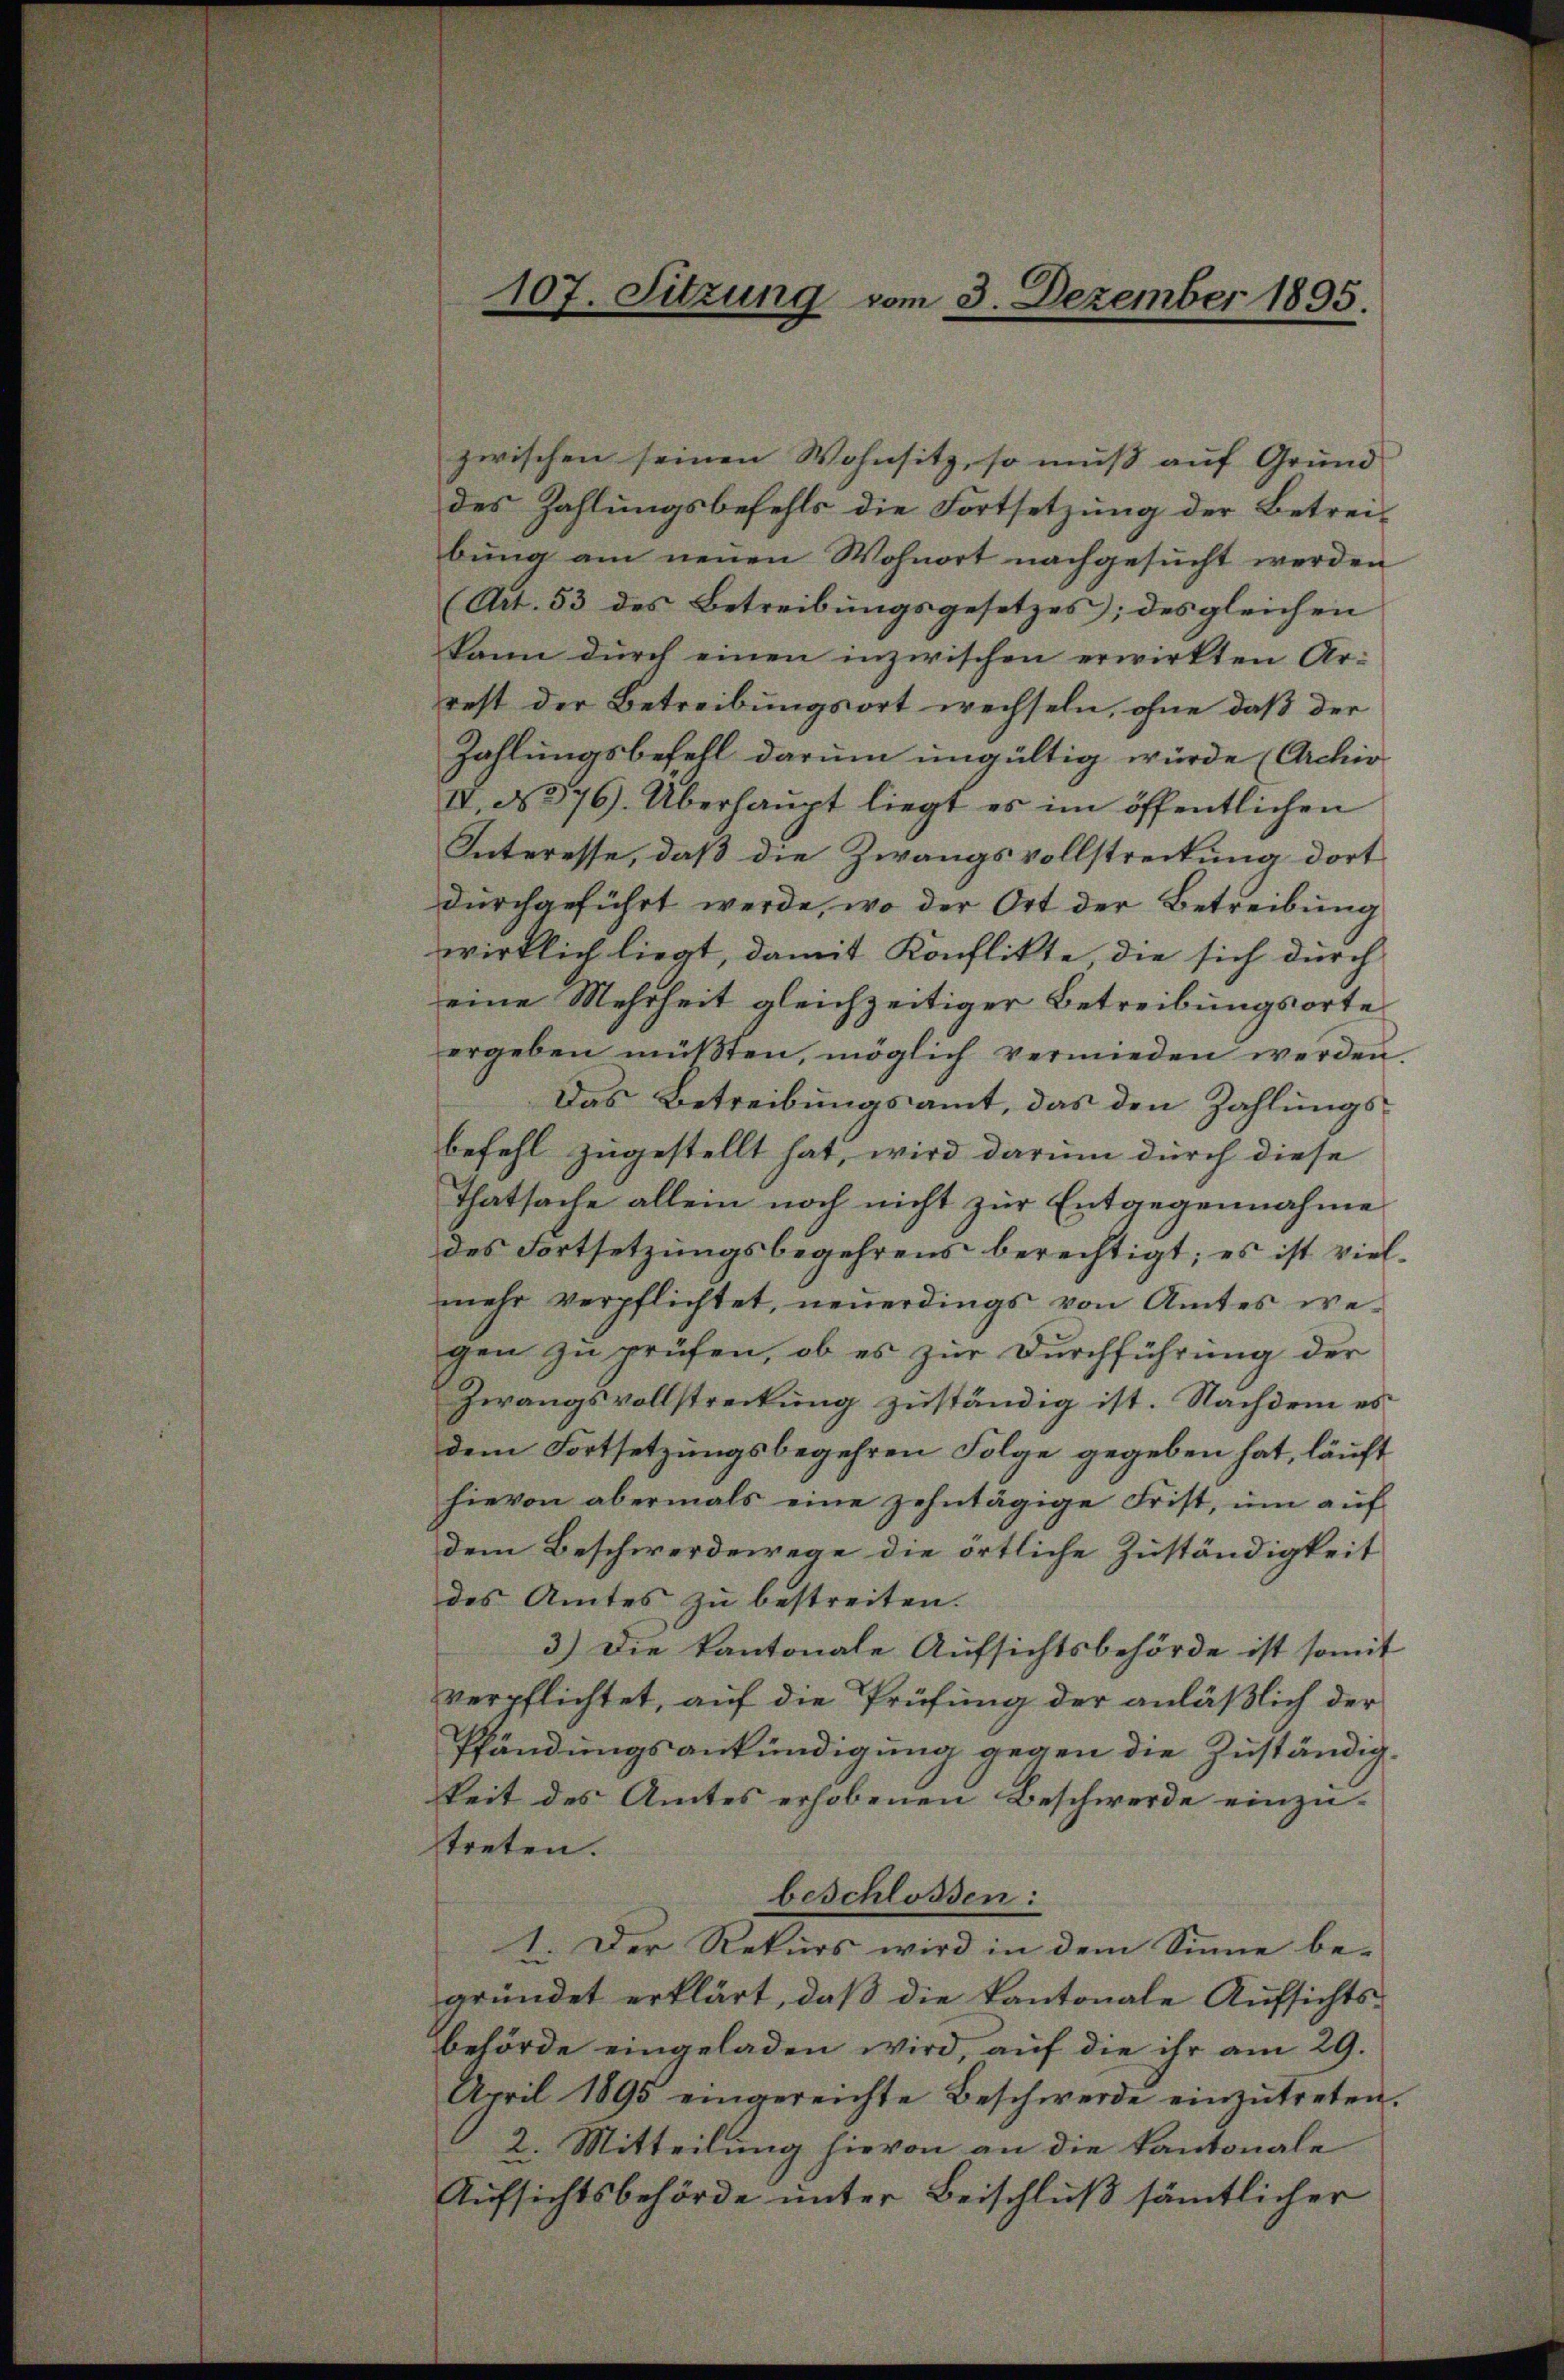
zwischen seinen Wohnsitz, so muss auf Grund- |
des Zahlungsbefehls die Fortsetzung der Betreibung am neuen Wohnort nachgesucht werden
(Art. 53 des Betreibungsgesetzes; des gleichen |
kann durch einen inzwischen erwirkten Ar-
rest der Betreibungsort wechseln, ohne daß der
Zahlungsbefehl darum ungültig würde (Archiv
IV. No 76. Überhaŭpt liegt es im öffentlichen
Interesse, daß die Zwangsvollstreitung dort
durchgeführt werde, wo der Ort der Betreibung
wirklich liegt, damit Konflikte, die sich durch
eine Mehrheit gleichzeitiger Betreibungsorte
ergeben müßten, möglich vermieden werden.
Das Betreibungsamt, das den Zahlungsbefehl zugestellt hat, wird darum durch diese
Thatsache allein noch nicht zur Entgegennahme
des Fortsetzungsbegehrens berechtigt; es ist vielmehr verpflichtet, neuerdings von Amtes wegen zu prüfen, ob es zur Durchführung der
Zwangsvollstreckung zuständig ist. Nachdem es
dem Fortsetzungsbegehren Folge gegeben hat, läuft
hievon abermals eine zehntägige Frist, um auf
dem Beschwerdewege die örtliche Zuständigkeit
des Amtes zu bestreiten.
3.) Die kantonale Aufsichtsbehörde ist somit
verpflichtet, auf die Prüfung der anläßlich der
Pfändungsankündigung gegen die Zuständigkeit des Amtes erhobenen Beschwerde einzutreten.
beschlossen:
1. Der Rekurs wird in dem Sinne begründet erklärt, daß die kantonale Aufsichts-
behörde eingeladen wird, auf die ihr am 29.
April 1895 eingereichte Beschwerde einzŭtreten.
2. Mitteilung hievon an die Kantonale
Aufsichtsbehörde unter Beischluß sämtlicher

107. Sitzung vom 3. Dezember 1895.